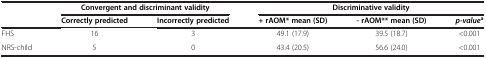
<table><thead><tr><td><b> </b></td><td colspan="2"><b>Convergent and discriminant validity</b></td><td colspan="3"><b>Discriminative validity</b></td></tr><tr><td><b> </b></td><td><b>Correctly predicted</b></td><td><b>Incorrectly predicted</b></td><td><b>+ rAOM* mean (SD)</b></td><td><b>- rAOM** mean (SD)</b></td><td><b><i>p-value</i><sup>a</sup></b></td></tr></thead><tbody><tr><td>FHS</td><td>16</td><td>3</td><td>49.1 (17.9)</td><td>39.5 (18.7)</td><td>&lt;0.001</td></tr><tr><td>NRS-child</td><td>5</td><td>0</td><td>43.4 (20.5)</td><td>56.6 (24.0)</td><td>&lt;0.001</td></tr></tbody></table>